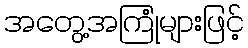
အတွေ့အကြုံများဖြင့်